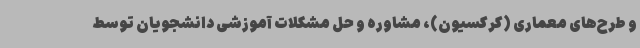
و طرح‌های معماری (کرکسیون)، مشاوره و حل مشکلات آموزشی دانشجویان توسط